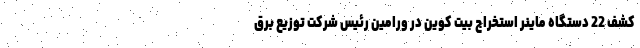
کشف 22 دستگاه ماینر استخراج بیت کوین در ورامین رئیس شرکت توزیع برق